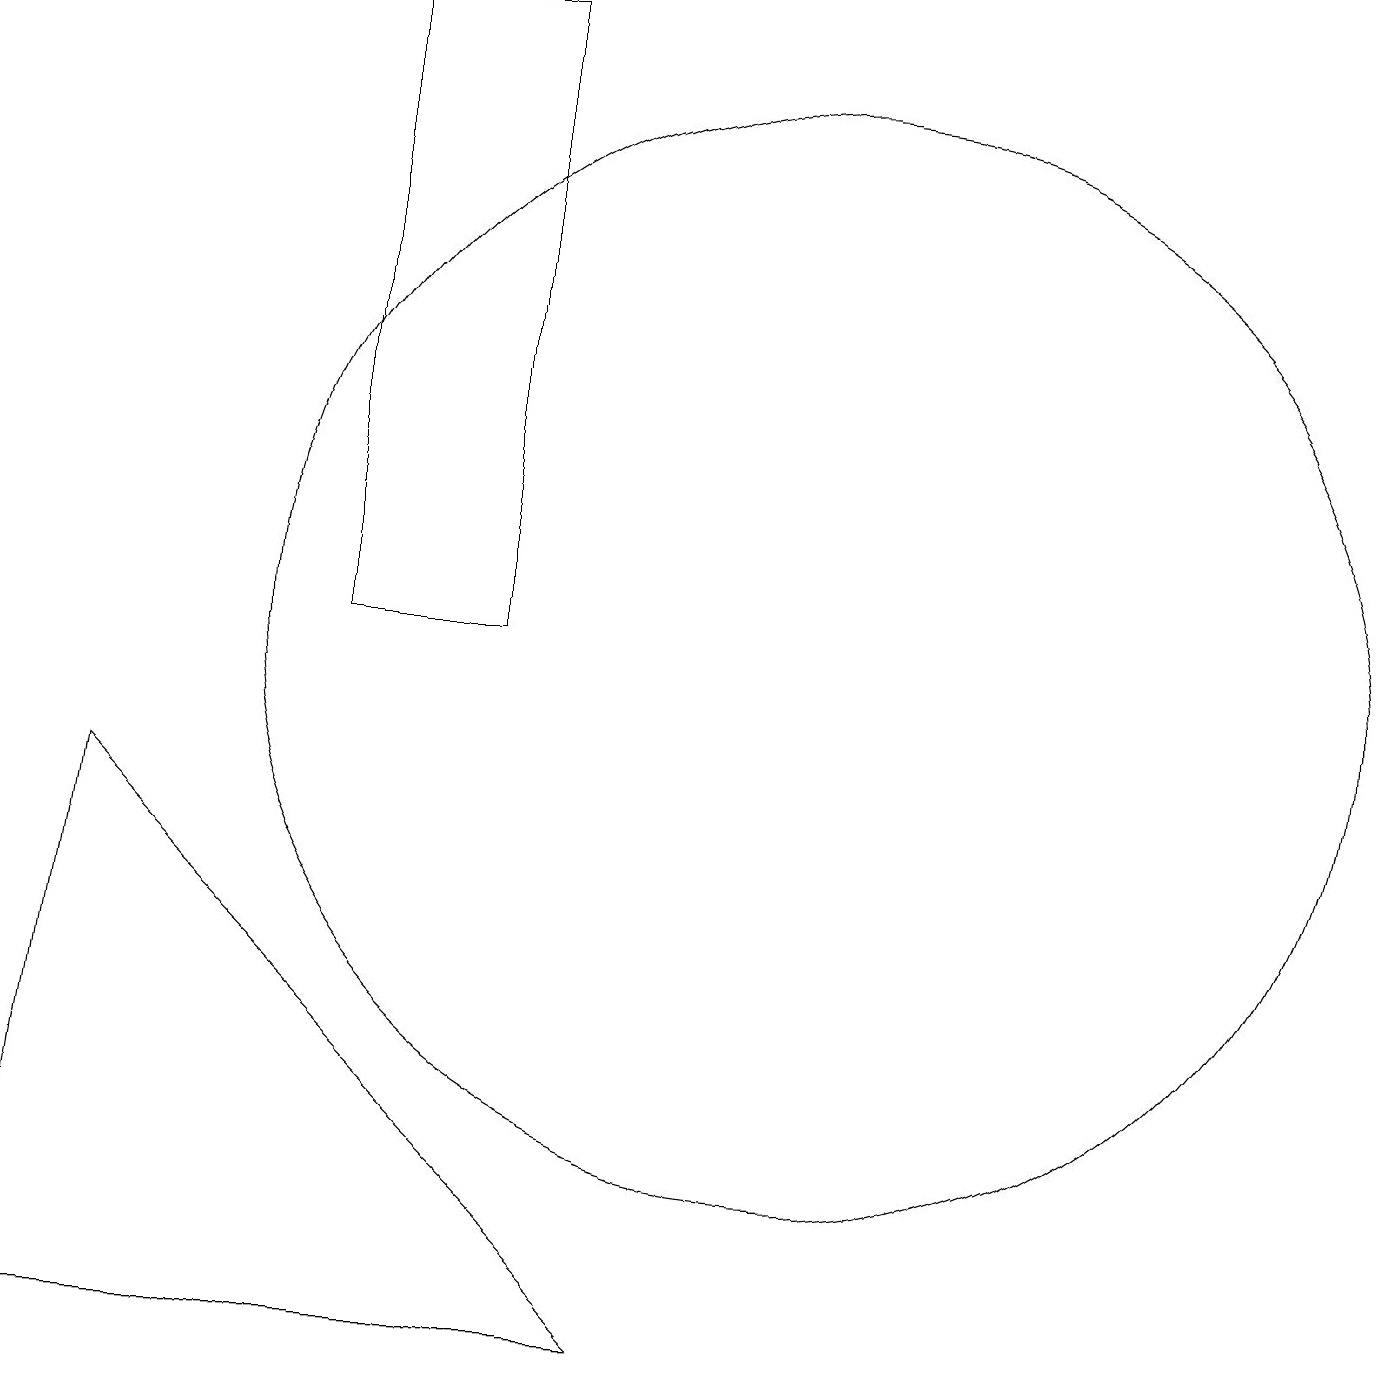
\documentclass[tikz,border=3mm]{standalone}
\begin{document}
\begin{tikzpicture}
\draw (4,10) rectangle (6,18);
\draw (10,10) circle (7);
\draw (0,1) -- (8,1) -- (1,8) -- cycle;
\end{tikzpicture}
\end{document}